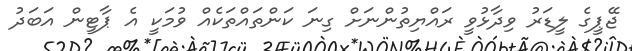
ޖޭޕީގެ ލީޑަރު ވިދާޅުވީ ރައްޔިތުންނަށް ގިނަ ކަންތައްތަކެއް ވުމަކީ އެ ޕާޓީން އަބަދު